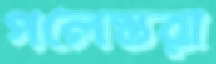
পলেস্তরা